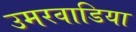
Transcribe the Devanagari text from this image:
उमरवाडिया